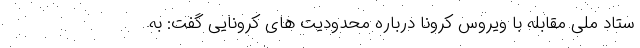
ستاد ملی مقابله با ویروس کرونا درباره محدودیت های کرونایی گفت: به